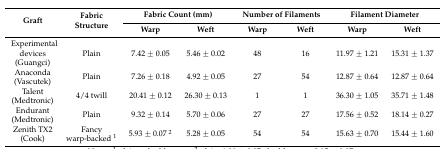
<table><thead><tr><td rowspan="2"><b>Graft</b></td><td rowspan="2"><b>Fabric Structure</b></td><td colspan="2"><b>Fabric Count (mm)</b></td><td colspan="2"><b>Number of Filaments</b></td><td colspan="2"><b>Filament Diameter</b></td></tr><tr><td><b>Warp</b></td><td><b>Weft</b></td><td><b>Warp</b></td><td><b>Weft</b></td><td><b>Warp</b></td><td><b>Weft</b></td></tr></thead><tbody><tr><td>Experimental devices (Guangci)</td><td>Plain</td><td>7.42 ± 0.05</td><td>5.46 ± 0.02</td><td>48</td><td>16</td><td>11.97 ± 1.21</td><td>15.31 ± 1.37</td></tr><tr><td>Anaconda (Vascutek)</td><td>Plain</td><td>7.26 ± 0.18</td><td>4.92 ± 0.05</td><td>27</td><td>54</td><td>12.87 ± 0.64</td><td>12.87 ± 0.64</td></tr><tr><td>Talent (Medtronic)</td><td>4/4 twill</td><td>20.41 ± 0.12</td><td>26.30 ± 0.13</td><td>1</td><td>1</td><td>36.30 ± 1.05</td><td>35.71 ± 1.48</td></tr><tr><td>Endurant (Medtronic)</td><td>Plain</td><td>9.32 ± 0.14</td><td>5.70 ± 0.06</td><td>27</td><td>27</td><td>17.56 ± 0.52</td><td>18.14 ± 0.27</td></tr><tr><td>Zenith TX2 (Cook)</td><td>Fancy warp-backed <sup>1</sup></td><td>5.93 ± 0.07 <sup>2</sup></td><td>5.28 ± 0.05</td><td>54</td><td>54</td><td>15.63 ± 0.70</td><td>15.44 ± 1.60</td></tr></tbody></table>